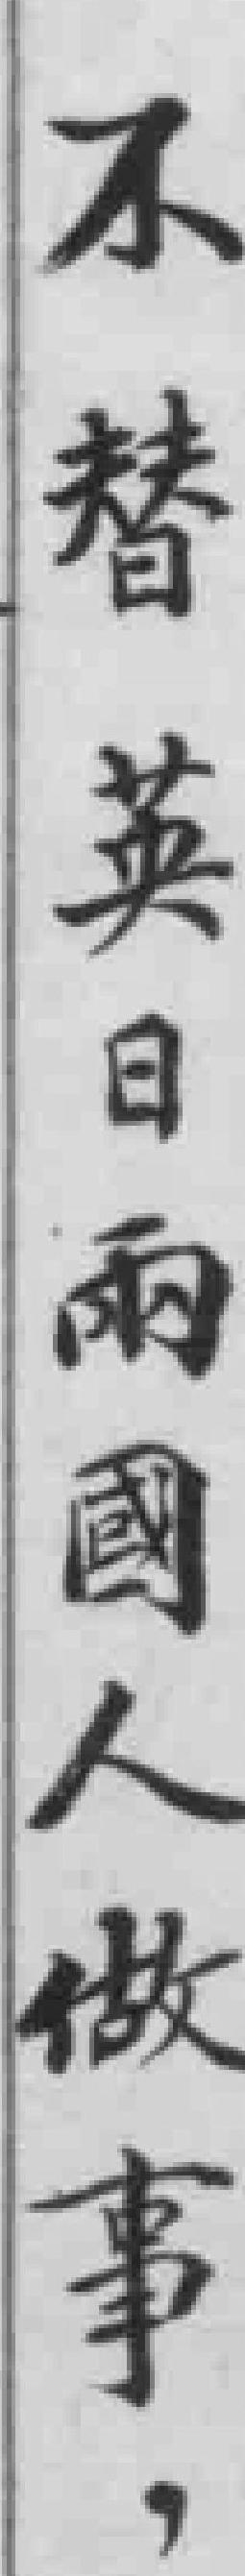
不替英日兩國人做事，